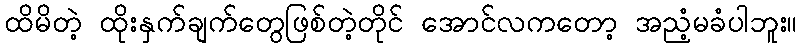
ထိမိတဲ့ ထိုးနှက်ချက်တွေဖြစ်တဲ့တိုင် အောင်လကတော့ အညံ့မခံပါဘူး။